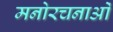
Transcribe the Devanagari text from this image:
मनोरचनाओं